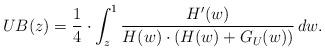
LaTeX: \begin{align*}UB(z) = \frac{1}{4} \cdot \int_{z}^1 \frac{H'(w)}{H(w) \cdot (H(w) + G_U(w))}\,dw.\end{align*}